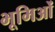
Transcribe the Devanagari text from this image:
भूमिओं